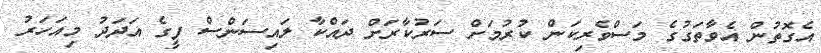
އެގޮތުން އެވާތަގުގެ މަސްވެރިކަން ކުރުމަށް ސަރުކާރަށް ދައްކާ ލައިސަންސް ފީގެ އަދަދު މިއަހަރު